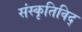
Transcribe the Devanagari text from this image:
संस्कृतिविद्